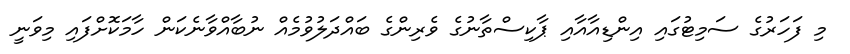
މި ފަހަރުގެ ސަމިޓުގައި އިންޑިއާއާއި ޕާކިސްތާނުގެ ވެރިންގެ ބައްދަލުވުމެއް ނުބާއްވާނެކަން ހާމަކޮށްފައި މިވަނީ